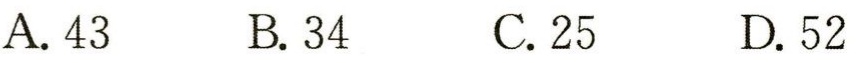
A. 43  B. 34  C. 25  D. 52